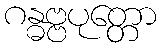
ဂန္ဓဗ္ဗပုတ္တော